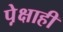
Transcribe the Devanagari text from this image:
पे़क्षाही